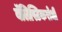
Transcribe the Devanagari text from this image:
बॅलिस्टिकरोधी